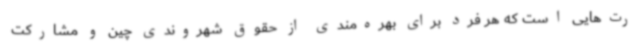
رت‌هایی است که هر فرد برای بهره‌مندی از حقوق شهروندی چین و مشارکت